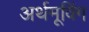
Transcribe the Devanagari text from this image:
अर्थमूविंग